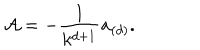
LaTeX: { \cal A } = - { \frac { 1 } { k ^ { d + 1 } } } { \bf a } _ { ( d ) } .